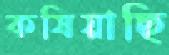
কষিয়াছি